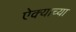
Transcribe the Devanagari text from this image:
ऐक्याच्या